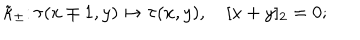
\tilde { \kappa } _ { \pm } \colon \tau ( x \mp 1 , y ) \mapsto \tau ( x , y ) , \quad [ x + y ] _ { 2 } = 0 ;